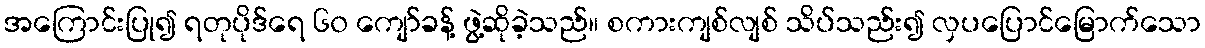
အကြောင်းပြု၍ ရတုပိုဒ်ရေ ၆၀ ကျော်ခန့် ဖွဲ့ဆိုခဲ့သည်။ စကားကျစ်လျစ် သိပ်သည်း၍ လှပပြောင်မြောက်သော